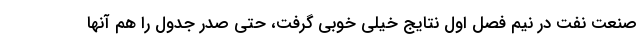
صنعت نفت در نیم فصل اول نتایج خیلی خوبی گرفت، حتی صدر جدول را هم آنها